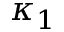
\kappa _ { 1 }